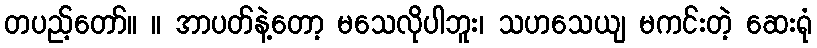
တပည့်တော်။ ။ အာပတ်နဲ့တော့ မသေလိုပါဘူး၊ သဟသေယျ မကင်းတဲ့ ဆေးရုံ